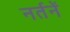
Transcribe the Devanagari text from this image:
नर्तनें